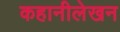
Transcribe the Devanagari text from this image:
कहानीलेखन